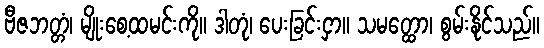
ဗီဇဘတ္တံ၊ မျိုးစေ့ထမင်းကို။ ဒါတုံ၊ ပေးခြင်းငှာ။ သမတ္ထော၊ စွမ်းနိုင်သည်။